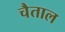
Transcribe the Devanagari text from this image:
चैताल